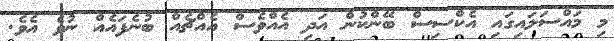
މި މައްސަލައިގައި އެކްސިސް ބޭންކުން އަދި އެއްވެސް އެއްޗެއް ބުނެފައެއް ނުވެ އެވެ.